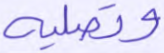
وتصلية